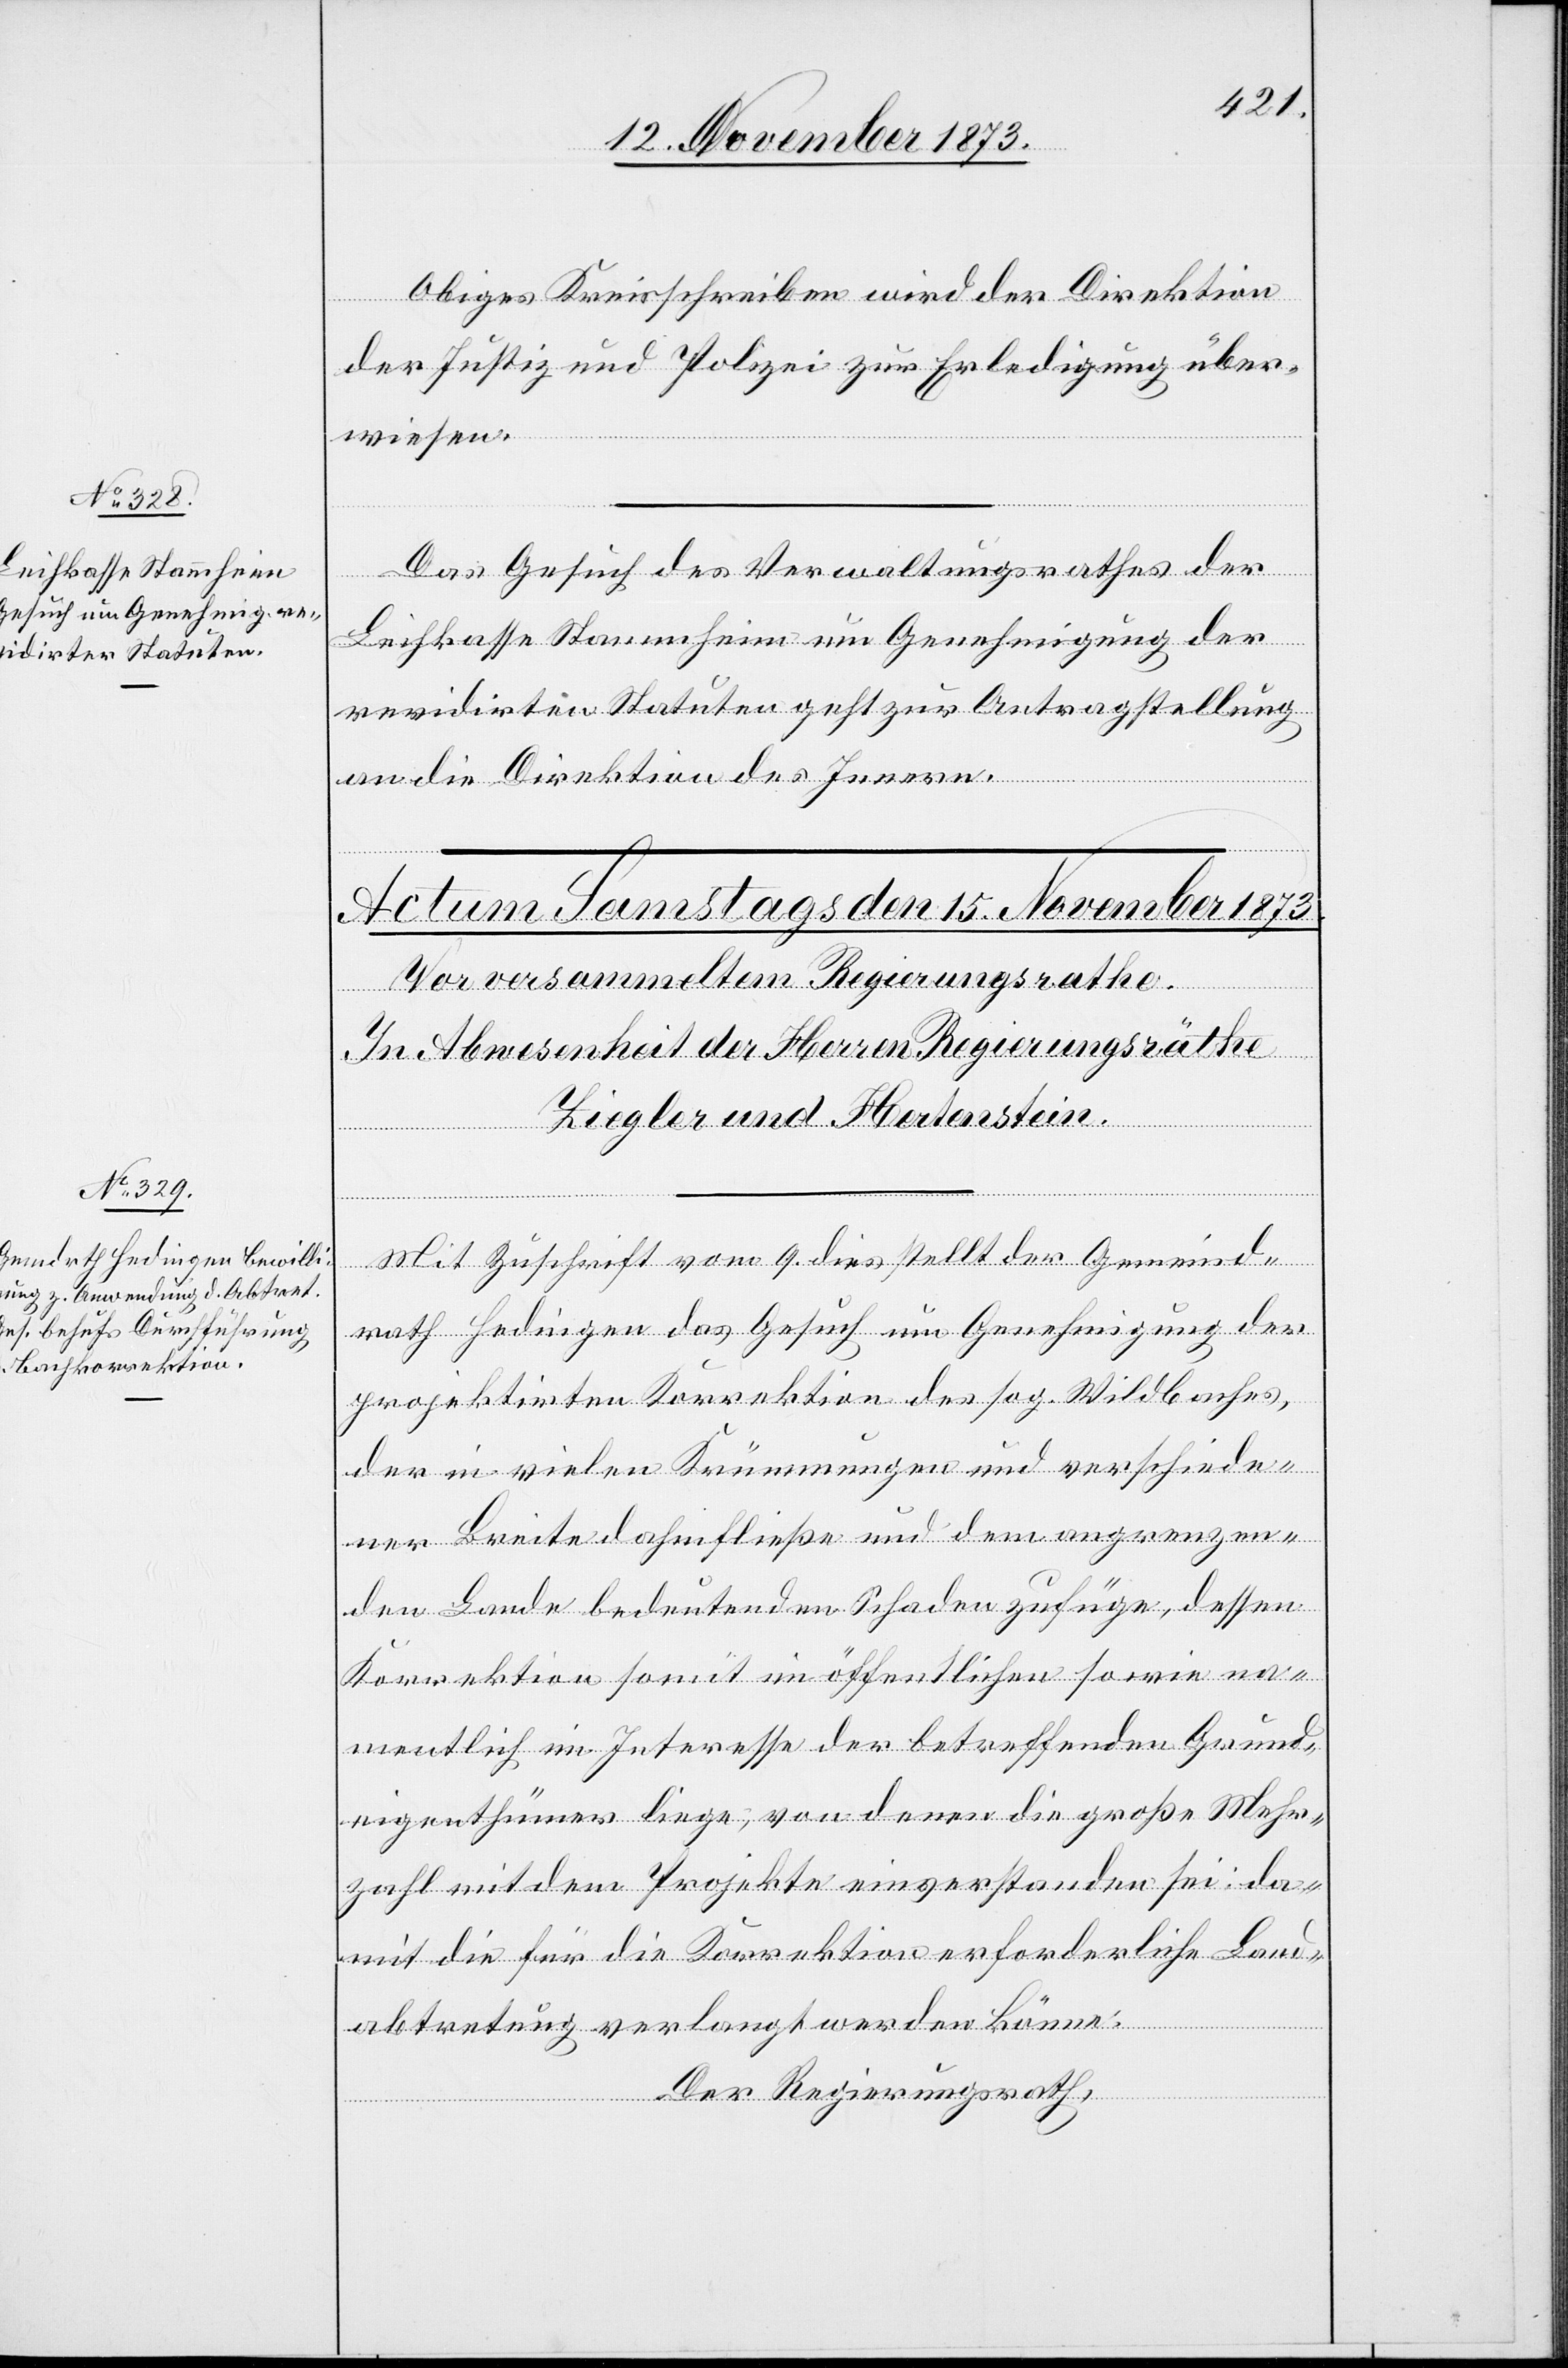
14. November 1873.]
Obiges Kreisschreiben wird der Direktion
der Justiz und Polizei zur Erledigung über¬
wiesen.
Das Gesuch des Verwaltungsrathes der
Leihkasse Stammheim um Genehmigung der
revidirten Statuten geht zur Antragstellung
an die Direktion des Innern.
Mit Zuschrift vom 9. dies stellt der Gemeind¬
rath Hedingen das Gesuch um Genehmigung der
projektirten Korrektion des sog. Wildbaches,
der in vielen Krümmungen und verschiede¬
ner Breite dahinfließe und dem angrenzen¬
den Lande bedeutenden Schaden zufüge, dessen
Korrektion somit im öffentlichen sowie na¬
mentlich im Interesse der betreffenden Grund¬
eigenthümer liege, von denen die große Mehr¬
zahl mit dem Projekte einverstanden sei: da¬
mit die für die Korrektion erforderliche Land¬
abtretung verlangt werden könne.
Der Regierungsrath,